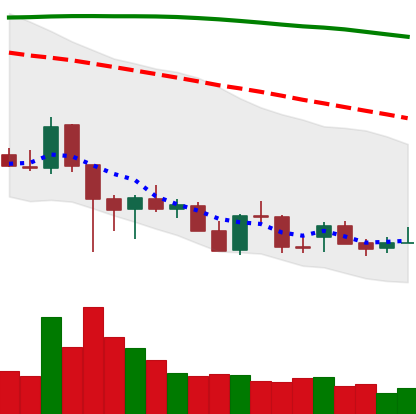
Ticker: ADA-USD
Chart end date: 2021-12-19
Forward return: 11.867%
Label: up_7plus